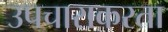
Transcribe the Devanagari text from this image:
उपचाराकरता